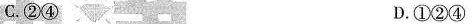
C.②④ D.①②④